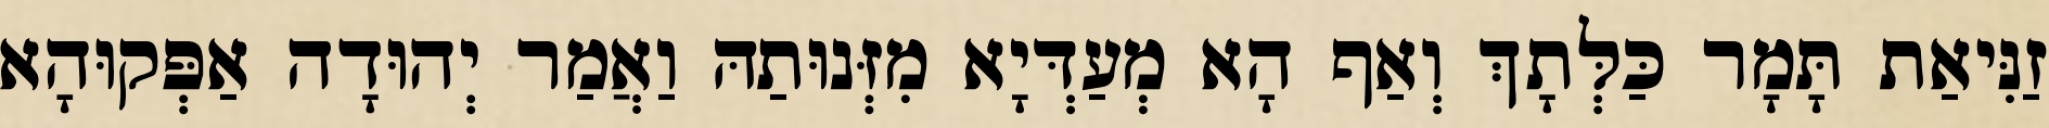
זַנִּיאַת תָּמָר כַּלְּתָךְ וְאַף הָא מְעַדְּיָא מִזְּנוּתַהּ וַאֲמַר יְהוּדָה אַפְּקוּהָא